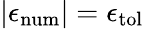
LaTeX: |\epsilon_{\mathrm{{num}}}|=\epsilon_{\mathrm{{tol}}}